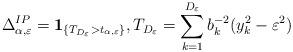
LaTeX: \begin{align*}\Delta_{\alpha,\varepsilon}^{IP} = \mathbf{1}_{\lbrace T_{D_\varepsilon} > t_{\alpha,\varepsilon} \rbrace}, T_{D_\varepsilon}= \sum_{k=1}^{D_\varepsilon} b_k^{-2}(y_k^2 - \varepsilon^2)\end{align*}